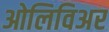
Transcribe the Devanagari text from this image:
ओलिविअर